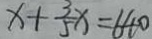
x + \frac { 3 } { 5 } x = 6 4 0